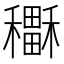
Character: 𥣲